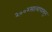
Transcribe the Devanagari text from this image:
२००२सालापासून